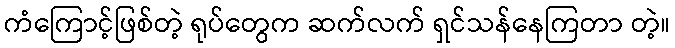
ကံကြောင့်ဖြစ်တဲ့ ရုပ်တွေက ဆက်လက် ရှင်သန်နေကြတာ တဲ့။